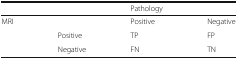
<table><thead><tr><td></td><td></td><td><b>Pathology</b></td><td></td></tr></thead><tbody><tr><td>MRI</td><td></td><td>Positive</td><td>Negative</td></tr><tr><td></td><td>Positive</td><td>TP</td><td>FP</td></tr><tr><td></td><td>Negative</td><td>FN</td><td>TN</td></tr></tbody></table>